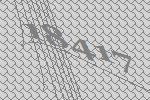
18417